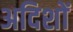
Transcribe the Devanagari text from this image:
अदिशों